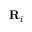
\mathbf { R } _ { i }